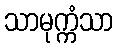
သာမုက္ကံသာ